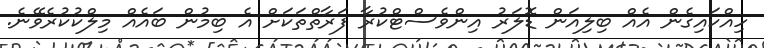
ހިއްކައިގެން އެއް ބިލިއަން ޑޮލަރު އިންވެސްޓްކުރާ ފަރާތްތަކަށް އެ ބިމުން ބައެއް މިލްކުކުރެވޭނެ.